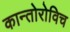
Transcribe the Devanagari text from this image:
कान्तोरोविच